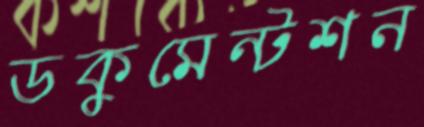
ডকুমেন্টশন